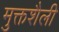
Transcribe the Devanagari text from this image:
मुक्तशैली